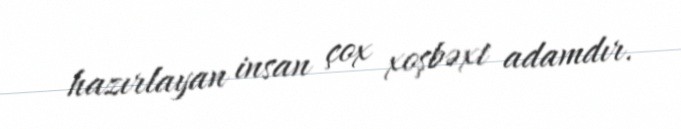
hazırlayan insan çox xoşbəxt adamdır.